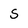
Character: S